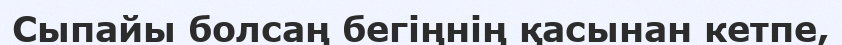
Сыпайы болсаң бегіңнің қасынан кетпе,